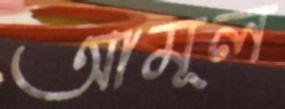
আমূল